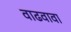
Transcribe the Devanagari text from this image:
वाढवावा